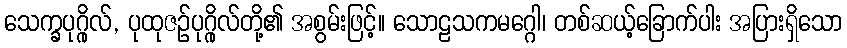
သေက္ခပုဂ္ဂိုလ်, ပုထုဇဉ်ပုဂ္ဂိုလ်တို့၏ အစွမ်းဖြင့်။ သောဠသကမဂ္ဂေါ၊ တစ်ဆယ့်ခြောက်ပါး အပြားရှိသော